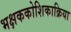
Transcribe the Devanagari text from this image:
भक्षककोशिकाक्रिया